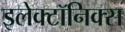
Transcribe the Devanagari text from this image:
इलेक्टॉनिक्स